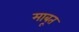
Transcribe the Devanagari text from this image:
माबूत